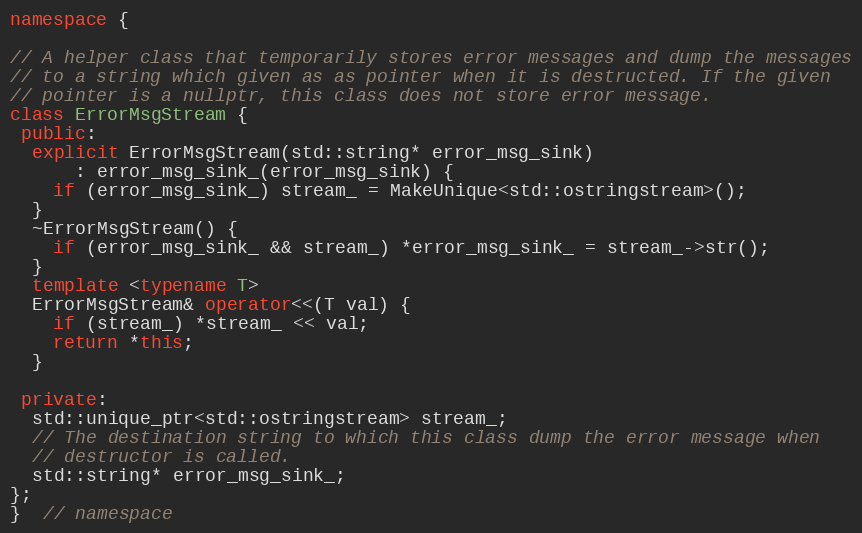
Language: C++
namespace {

// A helper class that temporarily stores error messages and dump the messages
// to a string which given as as pointer when it is destructed. If the given
// pointer is a nullptr, this class does not store error message.
class ErrorMsgStream {
 public:
  explicit ErrorMsgStream(std::string* error_msg_sink)
      : error_msg_sink_(error_msg_sink) {
    if (error_msg_sink_) stream_ = MakeUnique<std::ostringstream>();
  }
  ~ErrorMsgStream() {
    if (error_msg_sink_ && stream_) *error_msg_sink_ = stream_->str();
  }
  template <typename T>
  ErrorMsgStream& operator<<(T val) {
    if (stream_) *stream_ << val;
    return *this;
  }

 private:
  std::unique_ptr<std::ostringstream> stream_;
  // The destination string to which this class dump the error message when
  // destructor is called.
  std::string* error_msg_sink_;
};
}  // namespace